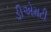
ડીએમટી